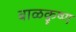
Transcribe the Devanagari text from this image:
बाळक़ॄष्‍ण